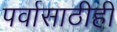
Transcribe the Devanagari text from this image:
पर्वासाठीही